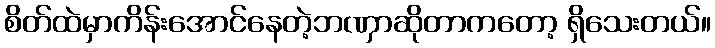
စိတ်ထဲမှာကိန်းအောင်နေတဲ့ဘဏှာဆိုတာကတော့ ရှိသေးတယ်။